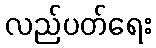
လည်ပတ်ရေး